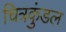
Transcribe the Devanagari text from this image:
चित्रकुंडल